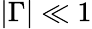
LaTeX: |\Gamma|\ll 1